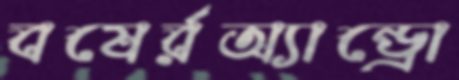
বষের্রঅ্যান্ড্রো